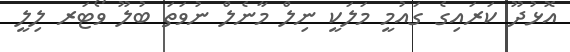
އޮޅުދޫ ކަރައިގެ ގައުމީ މަލަކީ ނިލް މާނެލް ނުވަތަ ބުލޫ ވޯޓަރ ލިލީ